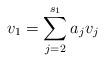
LaTeX: \begin{align*}v_1= \sum_{j=2}^{ s_1} a_{j} v_j\end{align*}